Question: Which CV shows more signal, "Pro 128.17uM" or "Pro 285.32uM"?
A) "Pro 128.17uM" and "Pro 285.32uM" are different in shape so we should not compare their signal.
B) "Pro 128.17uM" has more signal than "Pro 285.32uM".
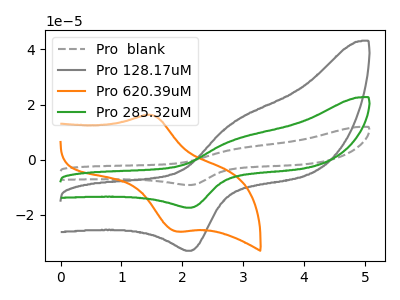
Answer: <think>The gray dashed curve "Pro  blank" has an anodic peak at (2.85V, 14.35uA) and a cathodic peak at (2.15V, -34.75uA). The gray curve "Pro 128.17uM" has an anodic peak at (2.85V, 13.65uA) and a cathodic peak at (2.15V, -33.00uA). The orange curve "Pro 620.39uM" has an anodic peak at (1.50V, 16.25uA) and a cathodic peak at (1.90V, -26.00uA). The green curve "Pro 285.32uM" has an anodic peak at (2.85V, 7.20uA) and a cathodic peak at (2.15V, -17.35uA).
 All the peaks in "Pro 128.17uM" have a peak in "Pro 285.32uM" at the same potential. Every peak in "Pro 128.17uM" is higher than every peak in "Pro 285.32uM".</think>
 <answer>B) "Pro 128.17uM" has more signal than "Pro 285.32uM".</answer>
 <eval>B</eval>